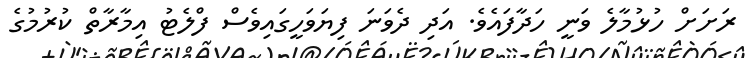
ރަށަށް ހުޅުމާލެ ވަނީ ހަދާފައެވެ. އަދި ދެވަނަ ފިޔަވަހީގައިވެސް ފްލެޓު އިމާރާތް ކުރުމުގެ